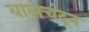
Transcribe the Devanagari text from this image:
बालचंद्रन